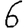
Digit: 6